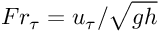
F r _ { \tau } = u _ { \tau } / \sqrt { g h }